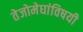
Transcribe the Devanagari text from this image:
तेजोमेघांविषयी